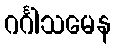
ဂင်္ဂါသမေန